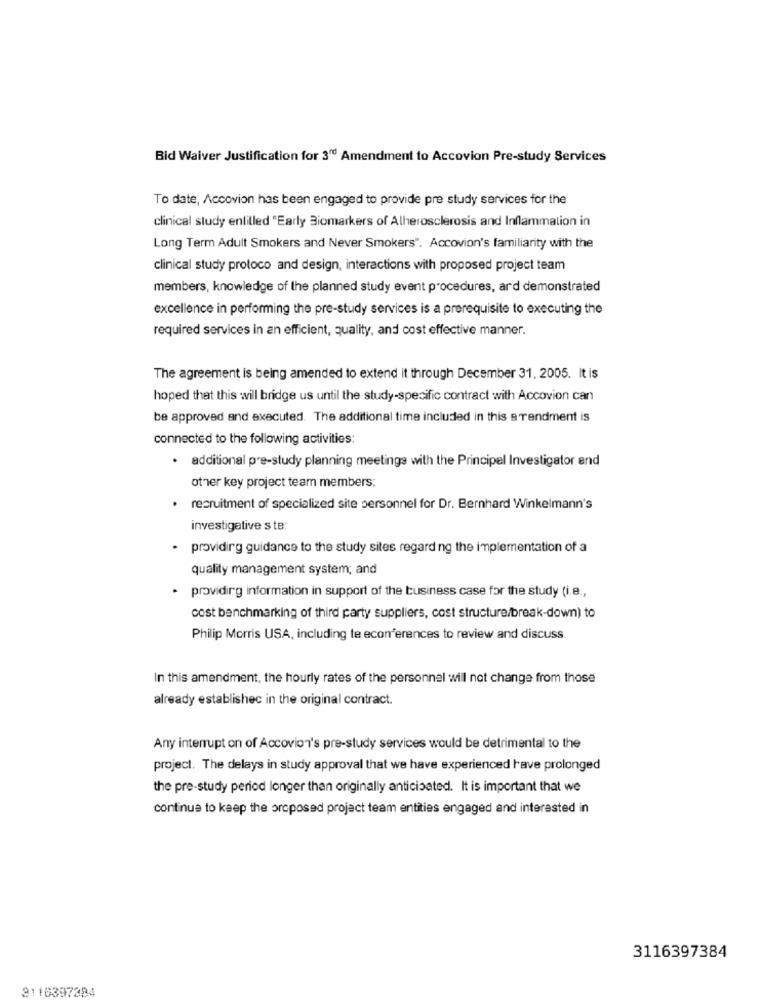
Bid Waiver Justification for 3" Amendment to Accovion Pre-study Services
To date, Accovion has been engaged to provide pre study services for the
clinical study enlilled "Early Biomarkers of Atherosclerosis and Inflammation in
Long Term Adult Smokers and Never Smokers". Accovion's familiarity with the
clinical study protoco and design, interactions with proposed project team
members, knowledge of the planned study event procedures, ard demonstrated
excellence in performing the pre-study services is a prerequisite to executing the
required services in an efficient, quality, and cost effective manner.
The agreement is being amended to extend it through December 31, 2005. It is
hoped that this will bridge us until the study-specific contract with Accovion can
be approved and executed. The additional time included in this srendment is
connected to the following activities:
. additional pre-study planning meetings with the Principal Investigator and
other key project team members;
.
recruitment of specialized site personnel for Dr. Bernhard Winkelmann's
investigative s te:
· providing guidance to the study sites regard ng the implementation of a
quality management system; and
providing information in support of the business case for the study (i.e .,
cost benchmarking of third party suppliers, cost structure/break-down) to
Philip Morris USA, including te econferences to review and discuss
In this amendment, the hourly rates of the personnel will not change from those
already establishec in the original contract.
Any interrupt on of Accovion's pre-study services would be detrimental to the
project. The delays in study approval that we have experienced have prolonged
the pre-study period longer than originally anticipated. It is important that we
continua to keep the proposed project team entities engaged and interested in
3116397384
3110397384